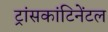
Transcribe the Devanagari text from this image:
ट्रांसकांटिनेंटल